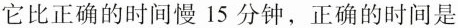
它比正确的时间慢15分钟，正确的时间是